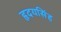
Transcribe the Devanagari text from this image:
हृदयसिंह